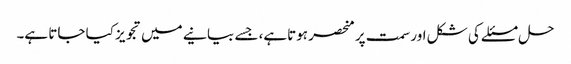
حل مسئلے کی شکل اور سمت پر منحصر ہوتاہے، جسے بیانیے میں تجویز کیا جاتا ہے۔